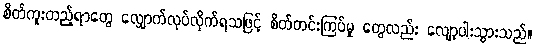
စိတ်ကူးတည့်ရာတွေ လျှောက်လုပ်လိုက်ရသဖြင့် စိတ်တင်းကြပ်မှု တွေလည်း လျော့ပါးသွားသည်။